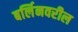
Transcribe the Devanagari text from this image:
बर्लिनवरील